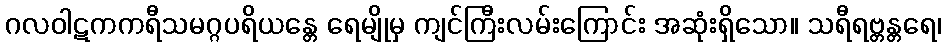
ဂလဝါဋကကရီသမဂ္ဂပရိယန္တေ ရေမျိုမှ ကျင်ကြီးလမ်းကြောင်း အဆုံးရှိသော။ သရီရဗ္တန္တရေ၊